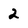
Character: 2